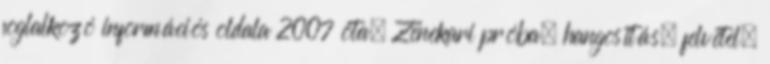
foglalkozó információs oldala 2007 óta. Zenekari próba, hangosítás, felvétel.